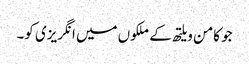
جو کامن ویلتھ کے ملکوں میں انگریزی کو۔